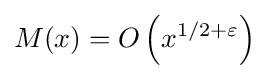
M(x)=O\left(x^{1/2+\varepsilon }\right)